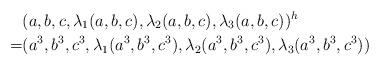
LaTeX: \begin{align*}&(a,b,c,\lambda_1(a,b,c),\lambda_2(a,b,c),\lambda_3(a,b,c))^h\\=&(a^3,b^3,c^3,\lambda_1(a^3,b^3,c^3),\lambda_2(a^3,b^3,c^3),\lambda_3(a^3,b^3,c^3))\end{align*}